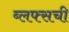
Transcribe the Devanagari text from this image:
ब्लफ्सची